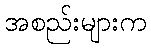
အစည်းများက